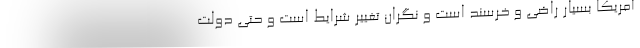
آمریکا بسیار راضی و خرسند است و نگران تغییر شرایط است و حتی دولت